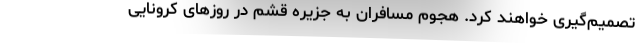
تصمیم‌گیری خواهند کرد. هجوم مسافران به جزیره قشم در روزهای کرونایی